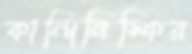
কান্দিনিস্কির